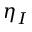
\eta _ { I }